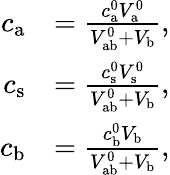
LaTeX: \begin{array}{rl}{c_{\mathrm{a}}}&{=\frac{c_{\mathrm{a}}^{0}V_{\mathrm{a}}^{0}}{V_{\mathrm{ab}}^{0}+V_{\mathrm{b}}},}\\ {c_{\mathrm{s}}}&{=\frac{c_{\mathrm{s}}^{0}V_{\mathrm{s}}^{0}}{V_{\mathrm{ab}}^{0}+V_{\mathrm{b}}},}\\ {c_{\mathrm{b}}}&{=\frac{c_{\mathrm{b}}^{0}V_{\mathrm{b}}}{V_{\mathrm{ab}}^{0}+V_{\mathrm{b}}},}\end{array}